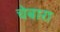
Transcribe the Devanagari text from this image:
चेबारा